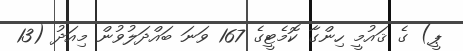
ޕީ) ގެ ޤައުމީ ހިންގާ ކޮމެޓީގެ 167 ވަނަ ބައްދަލުވުން މިއަދު (13